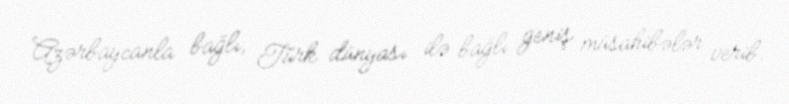
Azərbaycanla bağlı, Türk dünyası ilə bağlı geniş müsahibələr verib.